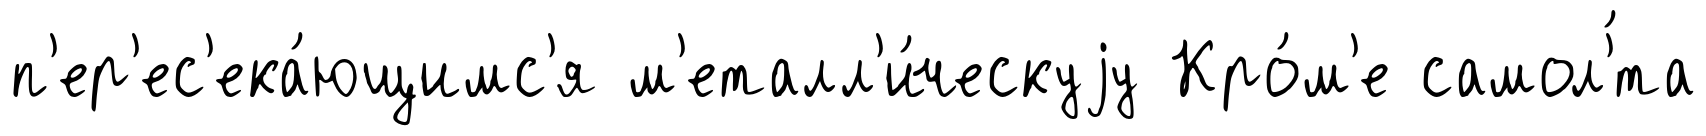
п'ер'ес'ека́ющимс'я м'еталл'и́ческуjу Кро́м'е самол'́та